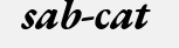
sab-cat